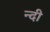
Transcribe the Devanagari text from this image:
न्दी